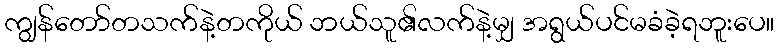
ကျွန်တော်တသက်နဲ့တကိုယ် ဘယ်သူ၏လက်နဲ့မျှ အရွယ်ပင်မခံခဲ့ရဘူးပေ။